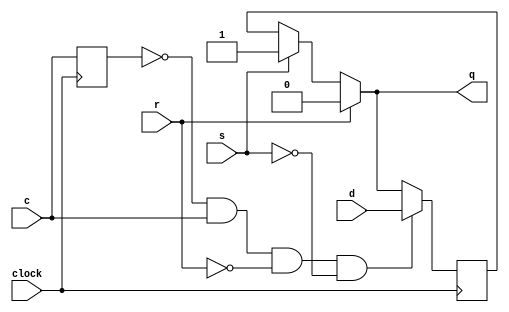
module register (
    input clock,
    input s,    // set
    input r,    // reset
    input c,    // write clock
    input [WIDTH-1:0] d,    // new value
    output reg [WIDTH-1:0] q    // value
);

parameter WIDTH = 1;

reg [WIDTH-1:0] val_reg;
reg c_d;
/*
always @(posedge c, posedge s, posedge r)
begin
    if (r)
        q <= 0;
    else if (s)
        q <= 1;
    else
        q <= d;
end
*/

always @(*) begin
    if (r)
        q = 0;
    else if (s)
        q = 1;
    else
        q = val_reg;
end

always @(negedge clock) begin
    c_d <= c;
    if  (~c_d & c & ~r & ~s)
        val_reg <= d;
    else
        val_reg <= q;
end

endmodule